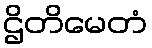
ဌိတိမေတံ